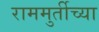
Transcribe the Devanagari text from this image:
राममुर्तीच्या